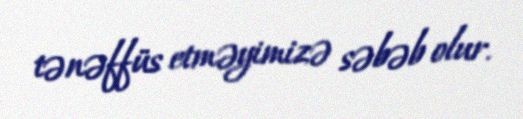
tənəffüs etməyimizə səbəb olur.